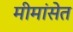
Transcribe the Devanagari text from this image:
मीमांसेत